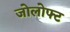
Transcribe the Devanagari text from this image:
जोलोफ्ट